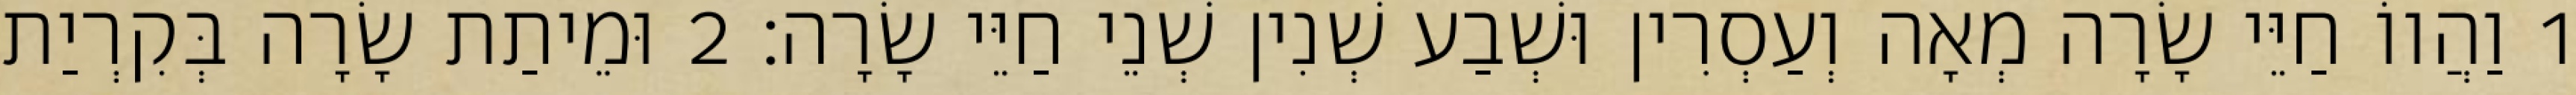
1 וַהֲווֹ חַיֵּי שָׂרָה מְאָה וְעַסְרִין וּשְׁבַע שְׁנִין שְׁנֵי חַיֵּי שָׂרָה׃ 2 וּמֵיתַת שָׂרָה בְּקִרְיַת